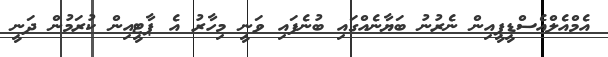
އެމްއެލްއެސްޑީޕީއިން ނެރުނު ބަޔާނެއްގައި ބުނެފައި ވަނީ މިހާރު އެ ޕާޓީއިން ކުރަމުން ދަނީ